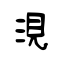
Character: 涀